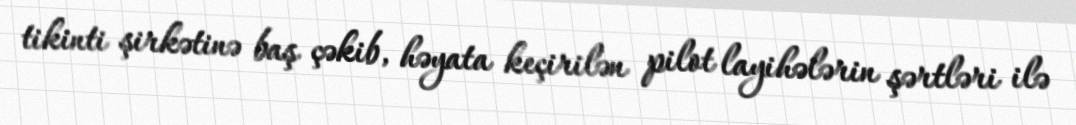
tikinti şirkətinə baş çəkib, həyata keçirilən pilot layihələrin şərtləri ilə